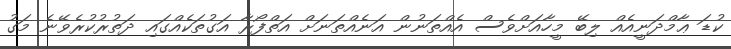
ކުޑަ ޢާމްދަނީއެއް ލިބޭ މީހާއަށްވެސް އެއްތަނުން އަނެއްތަނަށް އަތްފޯރާ އަގުތަކެއްގައި ދަތުރުކުރެވޭނެ މަގު